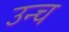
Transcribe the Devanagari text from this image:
उन्च